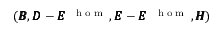
( \pmb { { \cal B } } , \pmb { { \cal D } } - \pmb { { \cal E } } ^ { \mathrm { ~ \tiny ~ { ~ h ~ o ~ m ~ } ~ } } , \pmb { { \cal E } } - \pmb { { \cal E } } ^ { \mathrm { ~ \tiny ~ { ~ h ~ o ~ m ~ } ~ } } , \pmb { { \cal H } } )